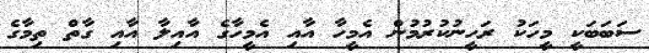
ސަބަބަކީ މީހަކު ރަހީނުކުރުމުން އެމީހާ އާއި އެމީހާގެ އާއިލާ އާއި ގާތް ތިމާގެ